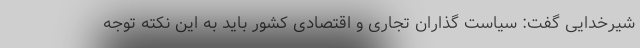
شیرخدایی گفت: سیاست گذاران تجاری و اقتصادی کشور باید به این نکته توجه